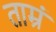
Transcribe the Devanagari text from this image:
ताम्रं